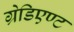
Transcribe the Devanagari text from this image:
ग्रेडिएण्ट